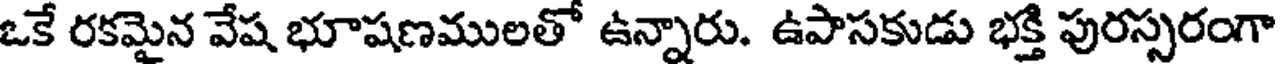
ఒకే రకమైన వేష భూషణములతో ఉన్నారు. ఉపాసకుడు భక్తి పురస్సరంగా